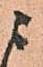
ニ